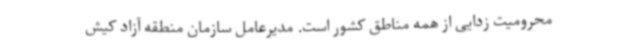
محرومیت زدایی از همه مناطق کشور است. مدیرعامل سازمان منطقه آزاد کیش